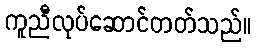
ကူညီလုပ်ဆောင်တတ်သည်။